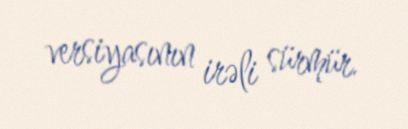
versiyasının irəli sürmür.